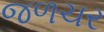
જળચર